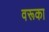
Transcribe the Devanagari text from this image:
वरूका